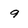
Character: 9